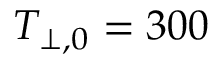
T _ { \perp , 0 } = 3 0 0